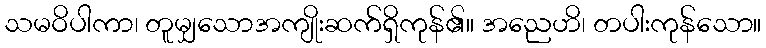
သမဝိပါကာ၊ တူမျှသောအကျိုးဆက်ရှိကုန်၏။ အညေဟိ၊ တပါးကုန်သော။